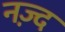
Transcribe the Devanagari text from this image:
नज़्द